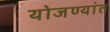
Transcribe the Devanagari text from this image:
योजण्यांत